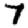
Digit: 7